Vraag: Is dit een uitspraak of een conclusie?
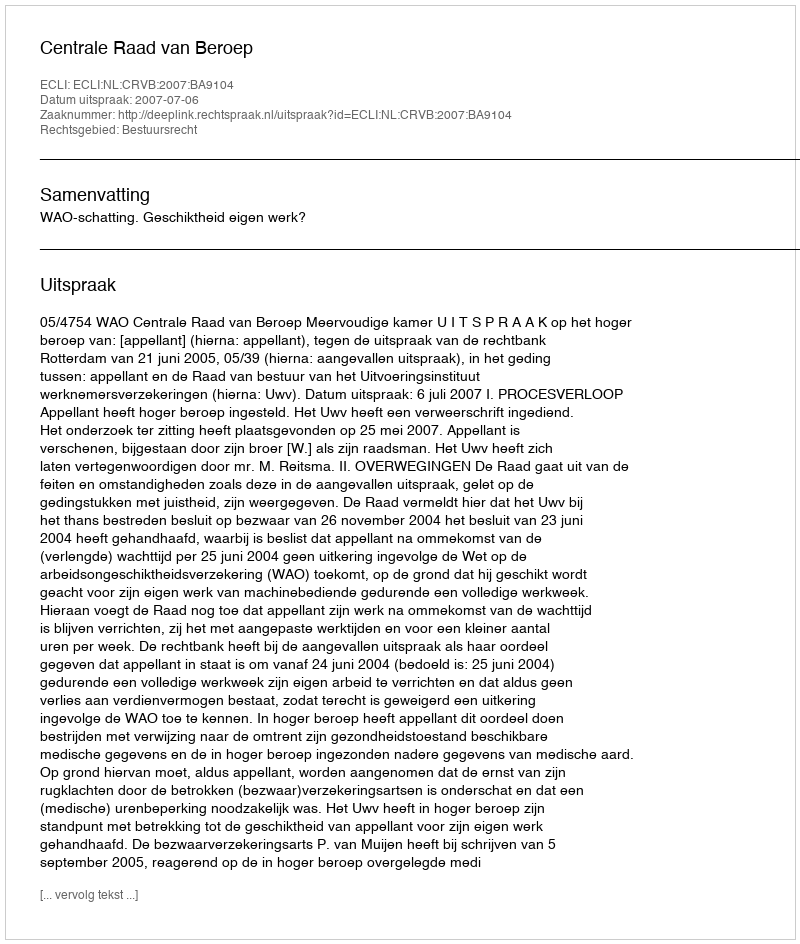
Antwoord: Uitspraak